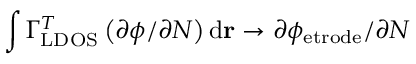
\int \Gamma _ { \mathrm { L D O S } } ^ { T } \left( \partial \phi / \partial N \right) \mathrm { d } \mathbf { r } \rightarrow \partial \phi _ { \mathrm { e t r o d e } } / \partial N